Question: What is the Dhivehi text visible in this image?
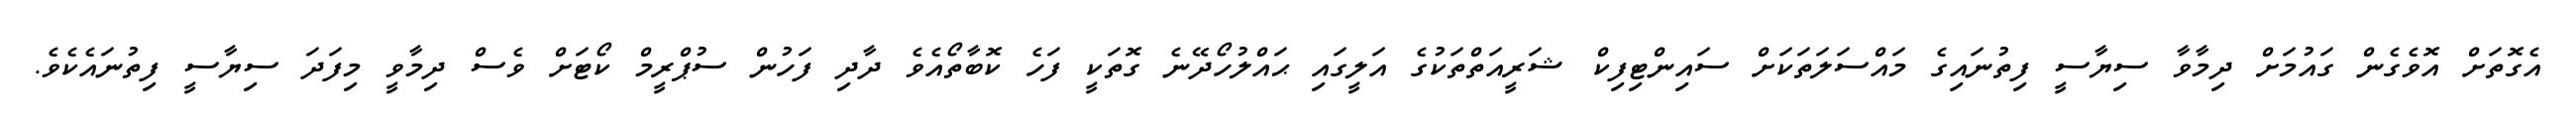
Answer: އެގޮތަށް އޮވެގެން ގައުމަށް ދިމާވާ ސިޔާސީ ފިތުނައިގެ މައްސަލަތަކަށް ސައިންޓިފިކް ޝަރީއަތްތަކުގެ އަލީގައި ޙައްލުހޯދޭނެ ގޮތަކީ ފަހެ ކޮބާތޯއެވެ ދާދި ފަހުން ސުޕްރީމް ކޯޓަށް ވެސް ދިމާވީ މިފަދަ ސިޔާސީ ފިތުނައެކެވެ.